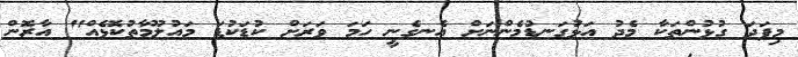
މިފަދަ ގުޅުންތަކާ މެދު އަޅުގަނޑުމެންނަށް އެނގެނީ ހަމަ ވަރަށް ކުޑަކުޑަ މައުލޫމާތުކޮޅެއް" އާރޮން